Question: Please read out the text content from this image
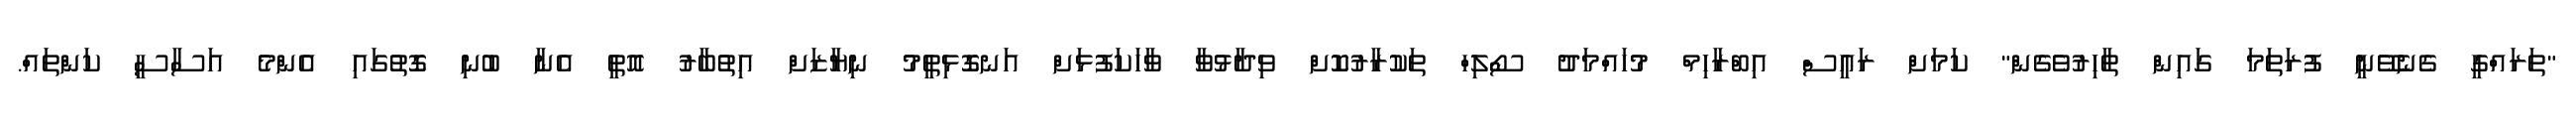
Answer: "ތަރައްގީ ގެނެވޭނީ ފުރަތަމަ ގައިން ތާހިރުވެގެން" ކަމަށް ރައީސް އިބްރާހިމް މުހައްމަދު ސޯލިހް ތަކުރާރުކޮށް ވިދާޅުވާ ވާހަކަފުޅަށް އަނގޮޅިތީމު ނިޔާޒަށް އިތުބާރު އޮތީ އެނާ ބުނި ގޮތުގައި އެންމެ އަސާސީ ކަންތައް.